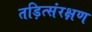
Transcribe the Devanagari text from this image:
तड़ित्संरक्षण